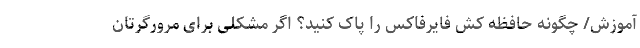
آموزش/ چگونه حافظه کش فایرفاکس را پاک کنید؟ اگر مشکلی برای مرورگرتان